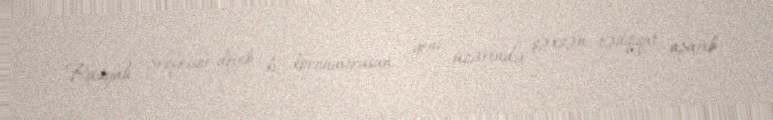
Rusiyalı professor deyib ki, koronavirusun geni üzərində şəxsən tədqiqat aparıb